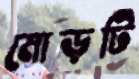
মোড়টি